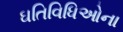
ઘતિવિધિઓના